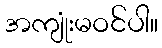
အကျုံးမဝင်ပါ။